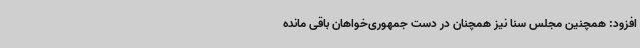
افزود: همچنین مجلس سنا نیز همچنان در دست جمهوری‌خواهان باقی مانده